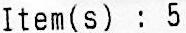
ITEM(S) : 5